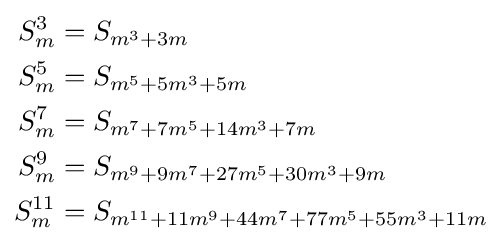
{\begin{aligned}S_{m}^{3}&=S_{m^{3}+3m}\\S_{m}^{5}&=S_{m^{5}+5m^{3}+5m}\\S_{m}^{7}&=S_{m^{7}+7m^{5}+14m^{3}+7m}\\S_{m}^{9}&=S_{m^{9}+9m^{7}+27m^{5}+30m^{3}+9m}\\S_{m}^{11}&=S_{m^{11}+11m^{9}+44m^{7}+77m^{5}+55m^{3}+11m}\end{aligned}}